Source: Handwritten
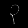
Digit: ၃ (3)